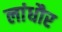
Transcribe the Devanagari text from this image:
लांधौर